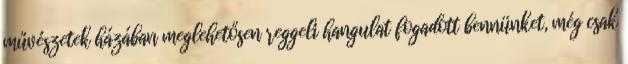
művészetek házában meglehetősen reggeli hangulat fogadott bennünket, még csak